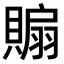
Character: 𧷘